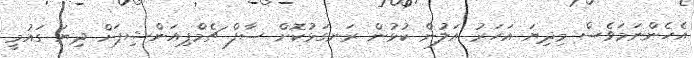
އެހެންނަމަވެސް މިދިޔަ އަހަރު އަލުން ކުޅުން ރަނގަޅުކޮށް ސާފް ޗެމްޕިއަންޝިޕަށް ދިޔަ ގައުމީ